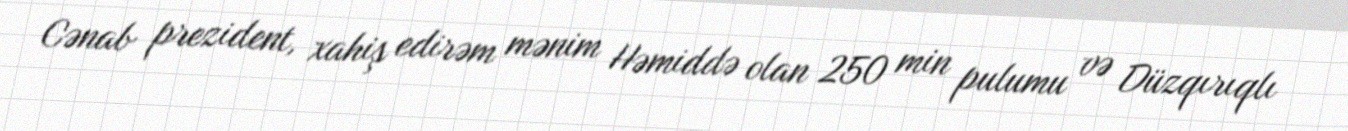
Cənab prezident, xahiş edirəm mənim Həmiddə olan 250 min pulumu və Düzqırıqlı